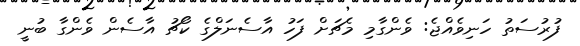
ފުރުސަތު ހަނިވެއްޖެ: ވެންގާމި މެޗަށް ފަހު އާސެނަލްގެ ކޯޗު އާސެން ވެންގާ ބުނީ